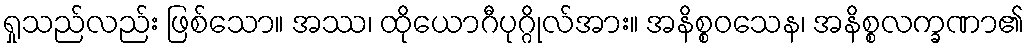
ရှုသည်လည်း ဖြစ်သော။ အဿ၊ ထိုယောဂီပုဂ္ဂိုလ်အား။ အနိစ္စဝသေန၊ အနိစ္စလက္ခဏာ၏